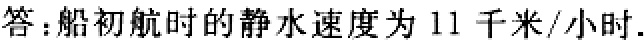
答：船初航时的静水速度为 11 千米/小时.